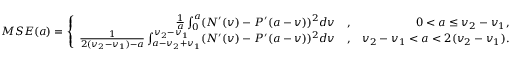
M S E ( a ) = \left\{ \begin{array} { r l r } { \frac { 1 } { a } \int _ { 0 } ^ { a } ( N ^ { \prime } ( v ) - P ^ { \prime } ( a - v ) ) ^ { 2 } d v } & { , } & { 0 < a \leq v _ { 2 } - v _ { 1 } , } \\ { \frac { 1 } { 2 ( v _ { 2 } - v _ { 1 } ) - a } \int _ { a - v _ { 2 } + v _ { 1 } } ^ { v _ { 2 } - v _ { 1 } } ( N ^ { \prime } ( v ) - P ^ { \prime } ( a - v ) ) ^ { 2 } d v } & { , } & { v _ { 2 } - v _ { 1 } < a < 2 ( v _ { 2 } - v _ { 1 } ) . } \end{array} \right.